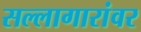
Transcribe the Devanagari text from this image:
सल्लागारांवर